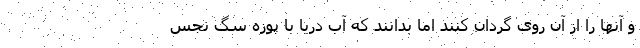
و آنها را از آن روی گردان کنند اما بدانند که آب دریا با پوزه سگ نجس